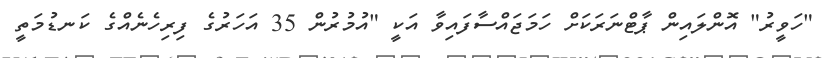
"ހަވީރު" އޮންލައިން ޕާޓްނަރަކަށް ހަމަޖައްސާފައިވާ އަކީ "އުމުރުން 35 އަހަރުގެ ފިރިހެނެއްގެ ކަނޑުމަތީ